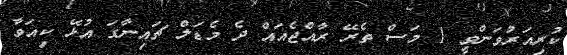
ކުރިއަރުވަންވީ 1 މަސް ތެރޭ ރާއްޖެއައް ދެ މެޑަލް ޗައިނާގަ އުޅޭ ކިއަވާ